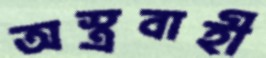
অস্ত্রবাহী